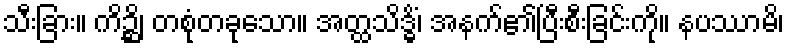
သီးခြား။ ကိဉ္ဆိ၊ တစုံတခုသော။ အတ္ထသိဒ္ဓိံ၊ အနက်၏ပြီးစီးခြင်းကို။ နပဿာမိ၊